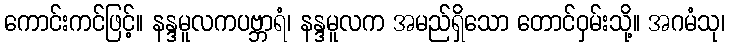
ကောင်းကင်ဖြင့်။ နန္ဒမူလကပဗ္ဘာရံ၊ နန္ဒမူလက အမည်ရှိသော တောင်ဝှမ်းသို့။ အဂမံသု၊